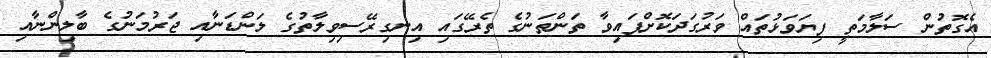
އެގޮތުން ސަލާމަތީ ފިޔަވަޅުތައް ވަރުގަދަކޮށްފައިވާ ތަންތަނުގެ ތެރޭގައި އިނގިރޭސިވިލާތުގެ ލަންޑަނާއި ޖަރުމަނުގެ ބާލިންނާއި